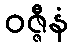
ဝဇ္ဇီနံ